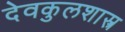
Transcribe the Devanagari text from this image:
देवकुलशास्त्र